Report on sanitation, dispensaries, and jails in Rajputana for 1917, and on vaccination for the year 1917-1918 - 1917-1918
Year: 1917
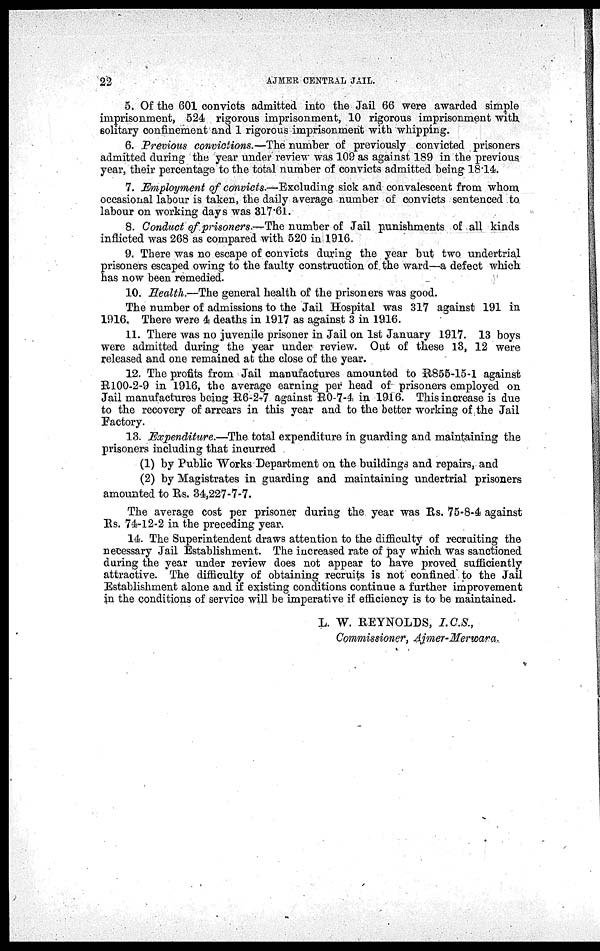
22
AJMER CENTRAL JAIL.
5. Of the 601 convicts admitted into the Jail 66 were awarded simple
imprisonment, 524 rigorous imprisonment, 10 rigorous imprisonment with
solitary confinement and 1 rigorous imprisonment with whipping.
6. Previous convictions.—The number of previously convicted prisoners
admitted during the year under review was 109 as against 189 in the previous
year, their percentage to the total number of convicts admitted being 18.14.
7. Employment of convicts.—Excluding sick and convalescent from whom
occasional labour is taken, the daily average number of convicts sentenced to
labour on working days was 317.61.
8. Conduct of prisoners.—The number of Jail punishments of all kinds
inflicted was 268 as compared with 520 in 1916.
9. There was no escape of convicts during the year but two undertrial
prisoners escaped owing to the faulty construction of the ward—a defect which
has now been remedied.
10. Health.—The general health of the prisoners was good.
The number of admissions to the Jail Hospital was 317 against 191 in
1916. There were 4 deaths in 1917 as against 3 in 1916.
11. There was no juvenile prisoner in Jail on 1st January 1917. 13 boys
were admitted during the year under review. Out of these 13, 12 were
released and one remained at the close of the year.
12. The profits from Jail manufactures amounted to R855-15-1 against
R100-2-9 in 1916, the average earning per head of prisoners employed on
Jail manufactures being R6-2-7 against R0-7-4 in 1916. This increase is due
to the recovery of arrears in this year and to the better working of the Jail
Factory.
13. Expenditure.—The total expenditure in guarding and maintaining the
prisoners including that incurred
(1) by Public Works Department on the buildings and repairs, and
(2) by Magistrates in guarding and maintaining undertrial prisoners
amounted to Rs. 34,227-7-7.
The average cost per prisoner during the year was Rs. 75-8-4 against
Rs. 74-12-2 in the preceding year.
14. The Superintendent draws attention to the difficulty of recruiting the
necessary Jail Establishment. The increased rate of pay which was sanctioned
during the year under review does not appear to have proved sufficiently
attractive. The difficulty of obtaining recruits is not confined to the Jail
Establishment alone and if existing conditions continue a further improvement
in the conditions of service will be imperative if efficiency is to be maintained.
L. W. REYNOLDS, I.C.S.,
Commissioner, Ajmer-Merwara.